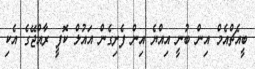
ބީއެޗްއެމް އިން ބުނީ އިއްޔެ އިން ފެށިގެން އައުލް ކޮފީ ރާއްޖޭގެ އެކި